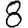
Digit: 8